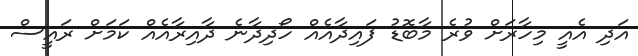
އަދި އެއީ މިހާރަށް ވުރެ މާބޮޑު ފައިދާއެއް ހޯދިދާނެ ދާއިރާއެއް ކަމަށް ރައީސް